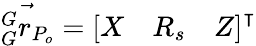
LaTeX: \vec{{}_{G}^{G}r_{P_{o}}}=\left[\begin{array}{lll}{X}&{R_{s}}&{Z}\end{array}\right]^{\intercal}{}